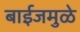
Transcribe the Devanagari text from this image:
बाईजमुळे